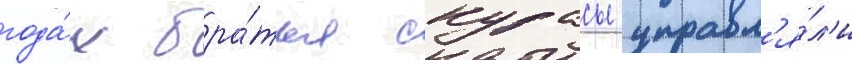
года́х бра́тья скурасы управл'я́л'и